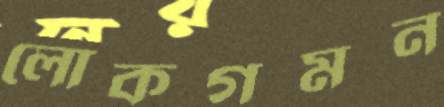
লোকগমন